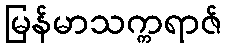
မြန်မာသက္ကရာဇ်